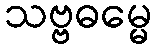
သဗ္ဗဓမ္မေ